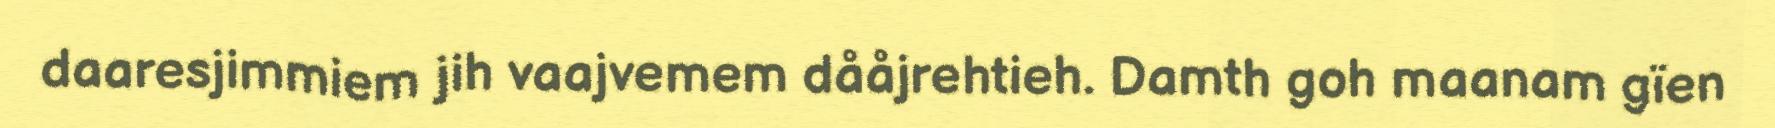
daaresjimmiem jih vaajvemem dååjrehtieh. Damth goh maanam gïen